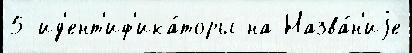
5 ид'ент'иф'ика́торы на Назва́н'иjе